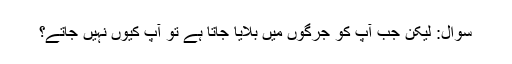
سوال: لیکن جب آپ کو جرگوں میں بلایا جاتا ہے تو آپ کیوں نہیں جاتے؟